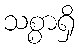
သစ္စာရှိ